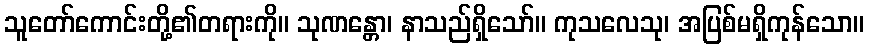
သူတော်ကောင်းတို့၏တရားကို။ သုဏန္တော၊ နာသည်ရှိသော်။ ကုသလေသု၊ အပြစ်မရှိကုန်သော။